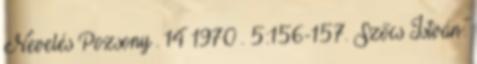
Nevelés Pozsony . 14 1970 . 5:156-157. Szőcs István: